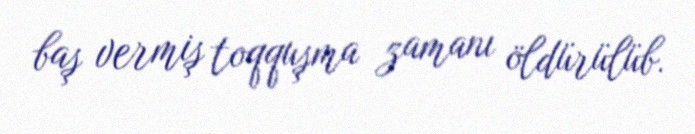
baş vermiş toqquşma zamanı öldürülüb.